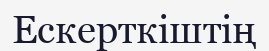
Ескерткіштің